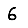
Digit: 6